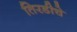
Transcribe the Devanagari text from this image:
तिरडीचे